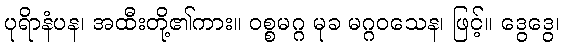
ပုရိာနံပန၊ အထီးတို့၏ကား။ ဝစ္စမဂ္ဂ မုခ မဂ္ဂဝသေန၊ ဖြင့်။ ဒွေဒွေ၊